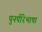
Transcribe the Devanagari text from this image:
पुनर्परिभाषा